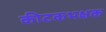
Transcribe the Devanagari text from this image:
कीटकभक्षक